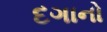
દગાનો